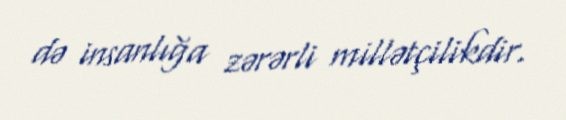
də insanlığa zərərli millətçilikdir.